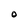
Character: O